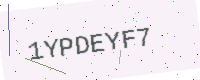
Text: 1YPDEYF7